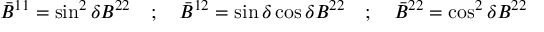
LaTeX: { \bar { B } } ^ { 1 1 } = \sin ^ { 2 } \delta B ^ { 2 2 } \quad ; \quad { \bar { B } } ^ { 1 2 } = \sin \delta \cos \delta B ^ { 2 2 } \quad ; \quad { \bar { B } } ^ { 2 2 } = \cos ^ { 2 } \delta B ^ { 2 2 }